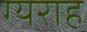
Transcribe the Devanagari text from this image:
ग्यराह